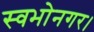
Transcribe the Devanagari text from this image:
स्वभोनगर।